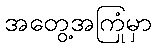
အတွေ့အကြုံမှာ